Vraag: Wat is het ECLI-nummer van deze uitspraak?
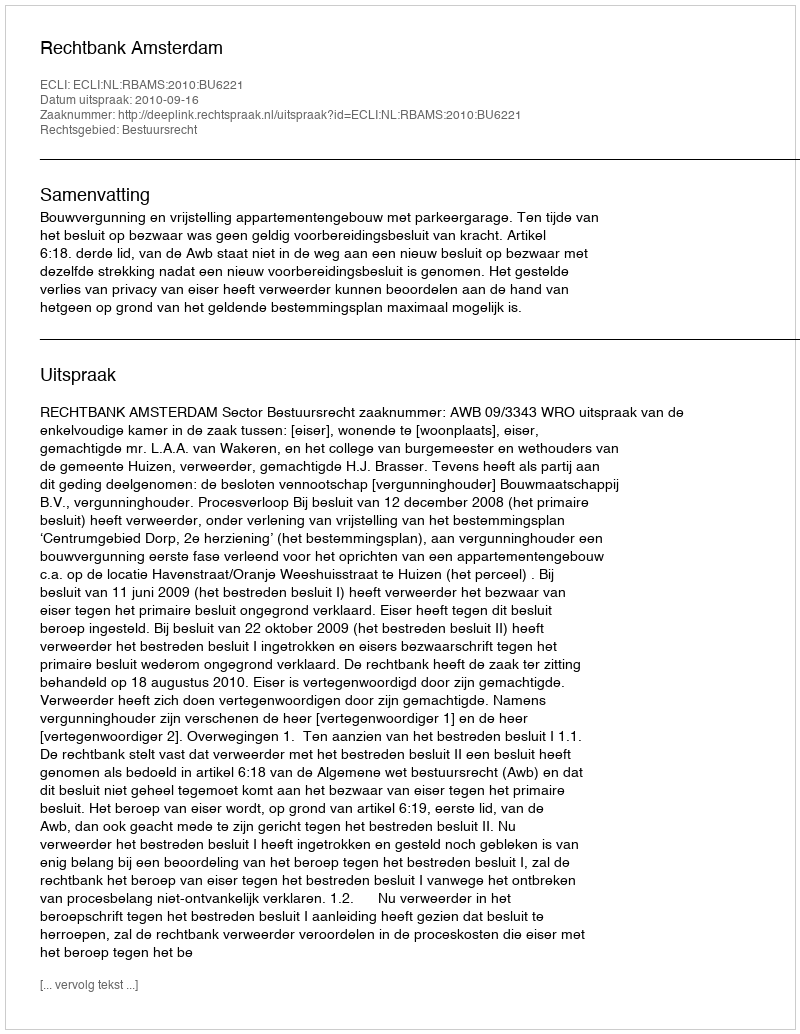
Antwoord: ECLI:NL:RBAMS:2010:BU6221